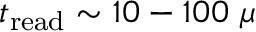
t _ { \mathrm { r e a d } } \sim 1 0 - 1 0 0 ~ \mu